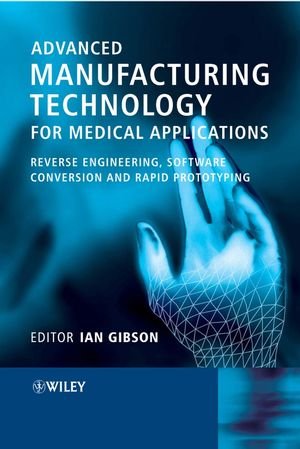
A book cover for Advanced Manufacturing Technology for Medical Applications: Reverse Engineering, Software Conversion and Rapid Prototyping; Medical Books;